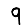
Digit: 9